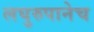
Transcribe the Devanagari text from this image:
लघुरुपानेच